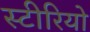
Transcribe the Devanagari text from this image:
स्‍टीरियो